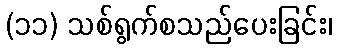
(၁၁) သစ်ရွက်စသည်ပေးခြင်း၊